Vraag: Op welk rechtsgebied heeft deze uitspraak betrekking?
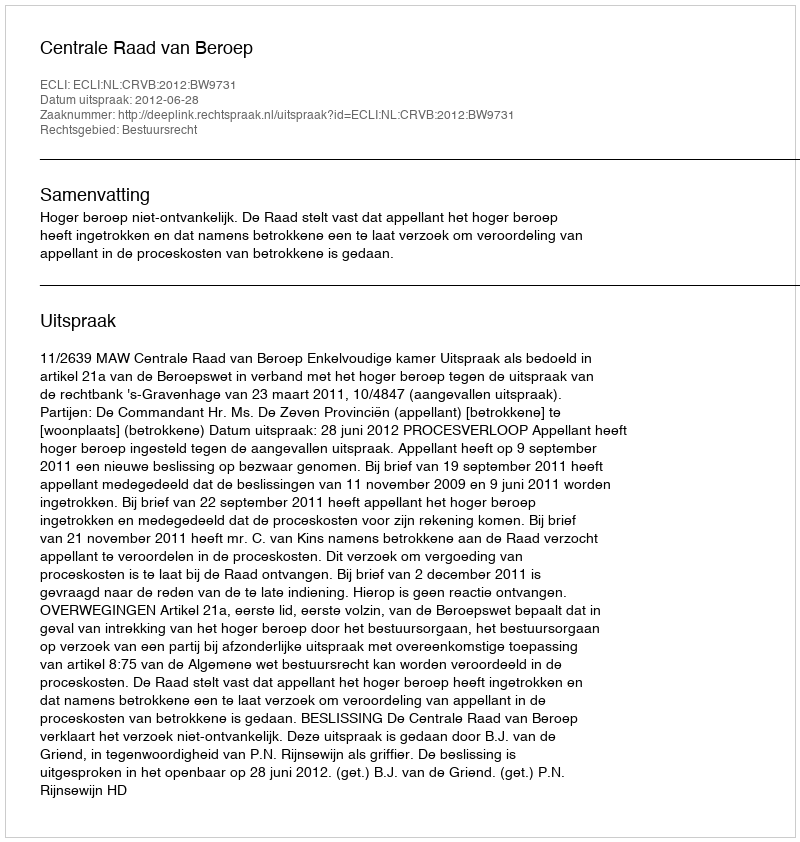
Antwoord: Bestuursrecht